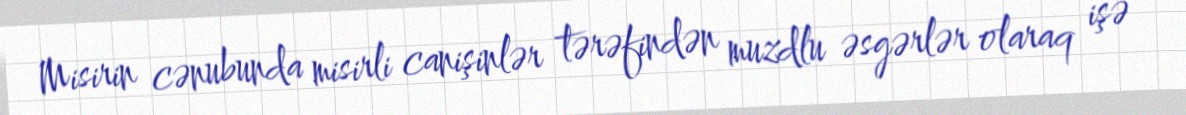
Misirin cənubunda misirli canişinlər tərəfindən muzdlu əsgərlər olaraq işə